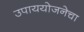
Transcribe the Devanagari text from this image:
उपाययोजनेचा